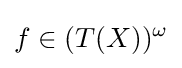
f\in (T(X))^{\omega }